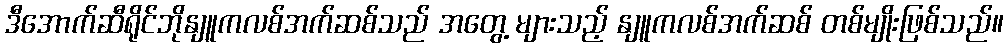
ဒီအောက်ဆီရိုင်ဘိုနျူကလစ်အက်ဆစ်သည် အတွေ့ များသည့် နျူကလစ်အက်ဆစ် တစ်မျိုးဖြစ်သည်။